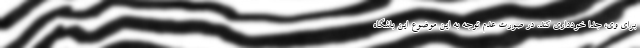
برای وی، جدا خودداری کند. در صورت عدم توجه به این موضوع این باشگاه